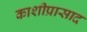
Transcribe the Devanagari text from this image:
काशीप्रासाद